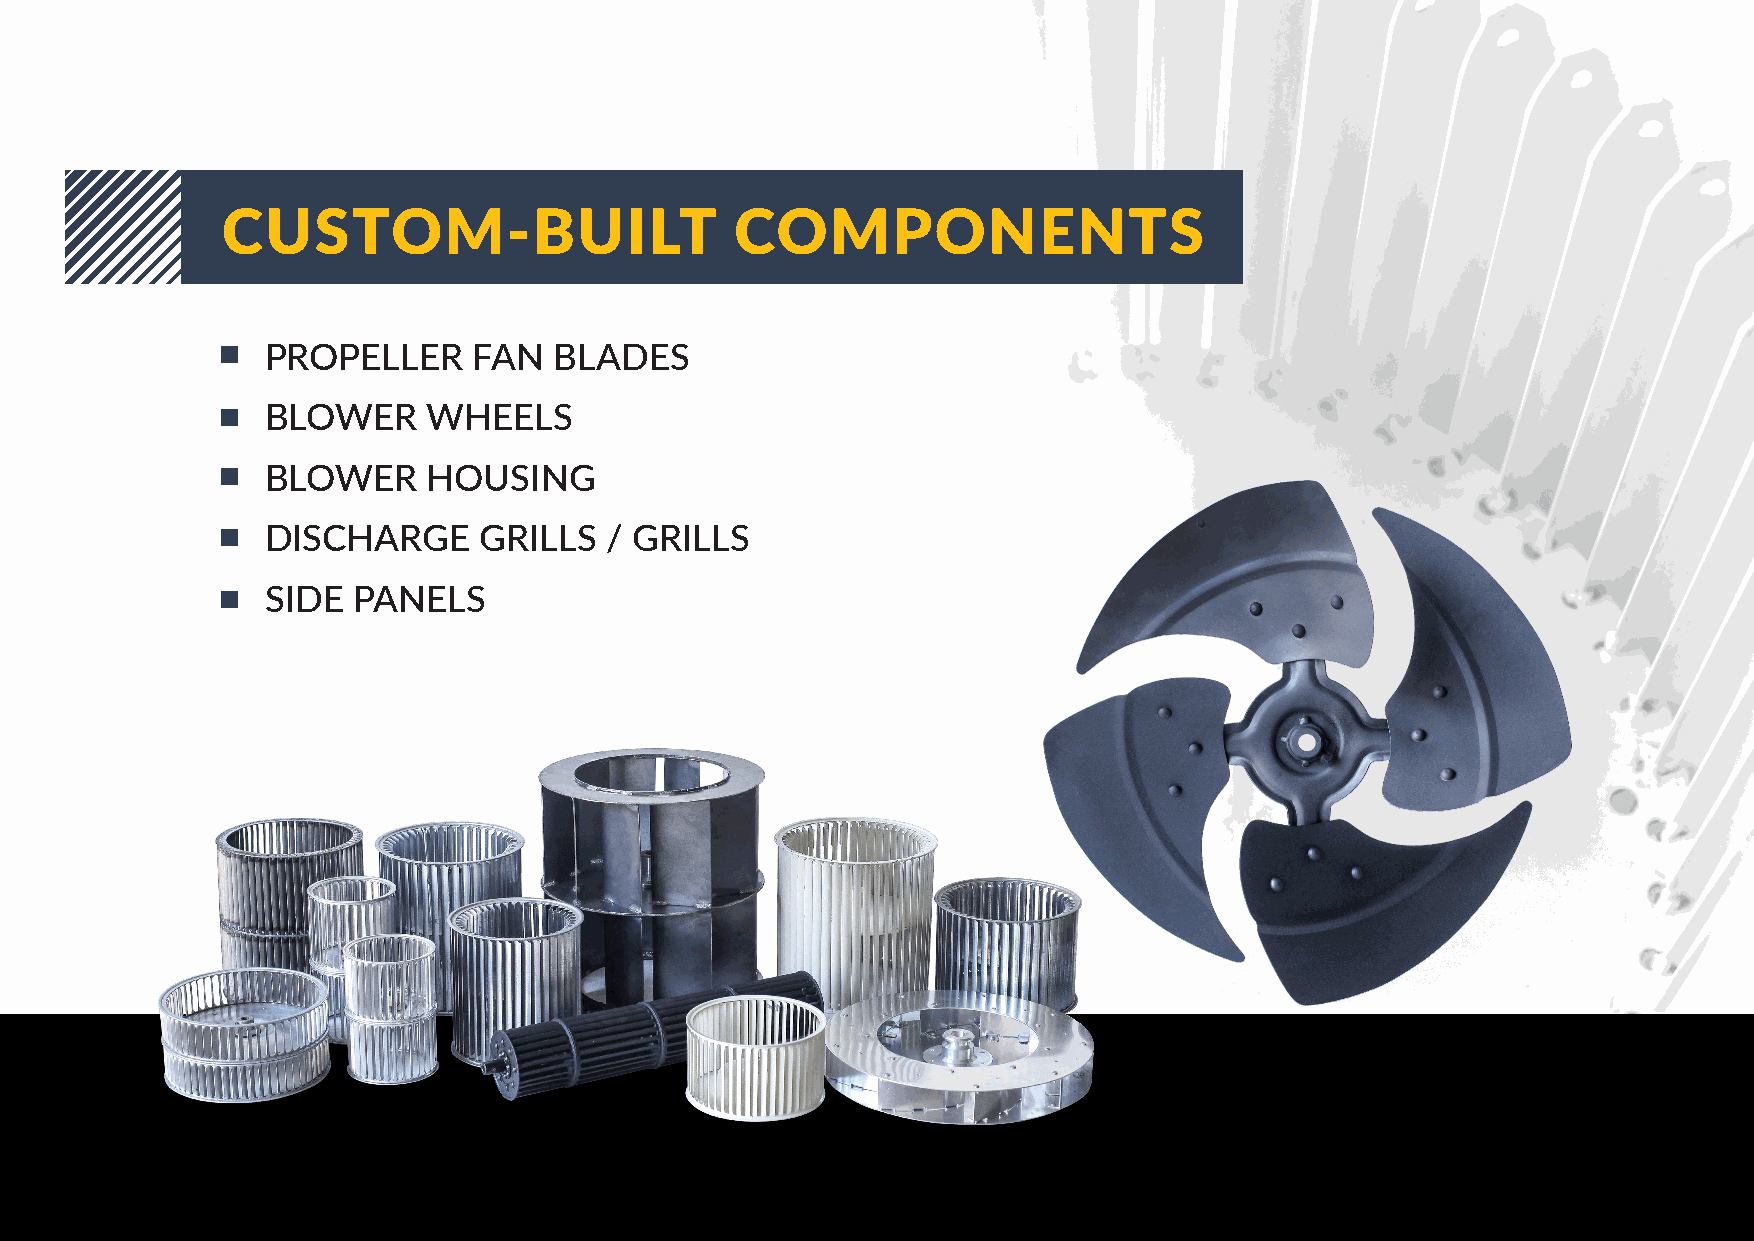
CUSTOM-BUILT                      COMPONENTS
 PROPELLER    FAN   BLADES
 BLOWER    WHEELS
 BLOWER    HOUSING
 DISCHARGE     GRILLS  / GRILLS
 SIDE PANELS